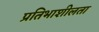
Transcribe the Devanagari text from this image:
प्रतिभाशीलता